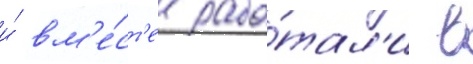
и́ вм'е́ст'е рабо́тал'и в